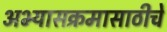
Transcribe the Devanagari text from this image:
अभ्यासक्रमासाठीचे